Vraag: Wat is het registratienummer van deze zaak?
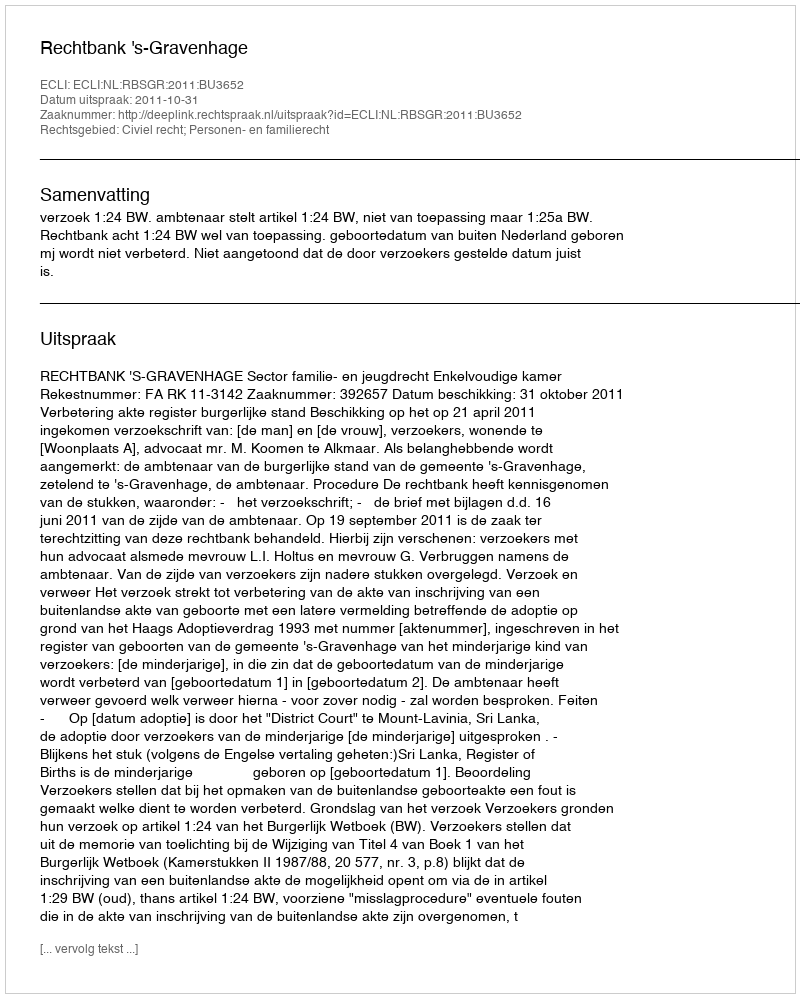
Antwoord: http://deeplink.rechtspraak.nl/uitspraak?id=ECLI:NL:RBSGR:2011:BU3652